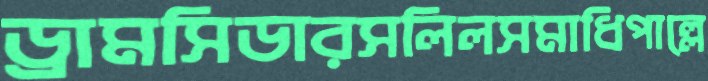
ড্রামসিডারসলিলসমাধিপাল্লে